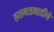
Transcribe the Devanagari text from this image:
हतगडवाडीचे